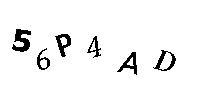
56P4AD